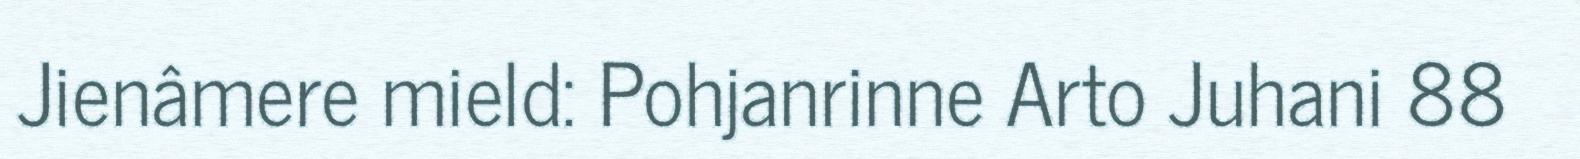
Jienâmere mield: Pohjanrinne Arto Juhani 88